Civil Veterinary Department Bihar & Orissa reports 1922-29 - 1922-1929
Year: 1922
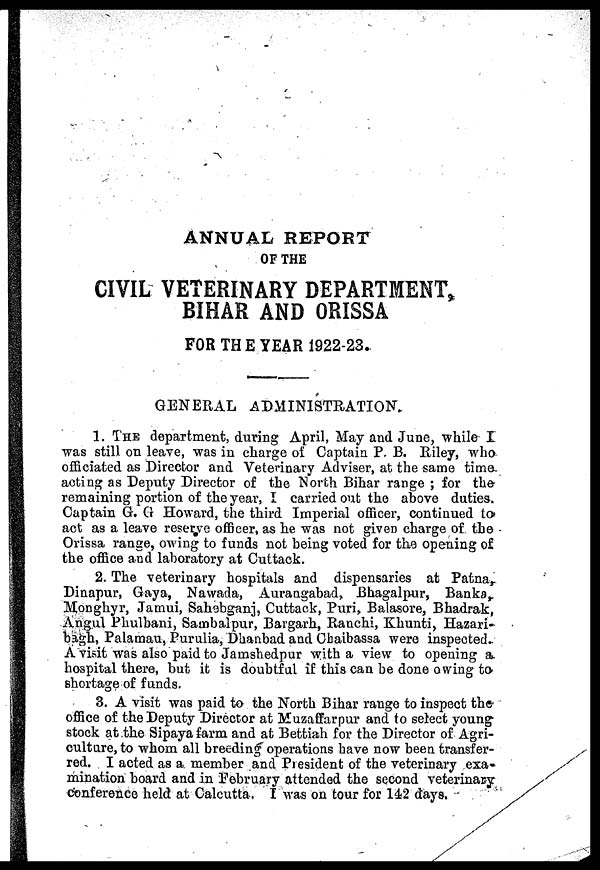
ANNUAL REPORT
OF THE
CIVIL VETERINARY DEPARTMENT,
BIHAR AND ORISSA
FOR THE YEAR 1922-23.
GENERAL ADMINISTRATION.
1. THE department, during April, May and June, while
was still on leave, was in charge of Captain P. B. Riley, who
officiated as Director and Veterinary Adviser, at the same time
acting as Deputy Director of the North Bihar range ; for the-
remaining portion of the year, I carried out the above duties.
Captain G. G Howard, the third Imperial officer, continued to
act as a leave reserve officer, as he was not given charge of the
Orissa range, owing to funds not being voted for the opening of
the office and laboratory at Cuttack.
2. The veterinary hospitals and dispensaries at Patna,
Dinapur, Gaya, Nawada, Aurangabad Bhagalpur, Banks,
Monghyr, Jamui, Sahebganj, Cuttack, Puri, Balasore, Bhadrak,
Angul Phulbani, Sambalpur, Bargarh, Ranchi, Khunti, Hazari-
bagh, Palamau, Purulia, Dhanbad and Chaibassa were inspected.
A visit was also paid to Jamshedpur with a view to opening a
hospital there, but it is doubtful if this can be done owing to
shortage of funds.
3. A visit was paid to the North Bihar range to inspect the
office of the Deputy Director at Muzaffarpur and to select young
stock at the Sipaya farm and at Bettiah for the Director of Agri-
culture, to whom all breeding operations have now been transfer-
red. I acted as a member and President of the veterinary exa-
mination board and in February attended the second veterinary
conference held at Calcutta. I was on tour for 142 days.